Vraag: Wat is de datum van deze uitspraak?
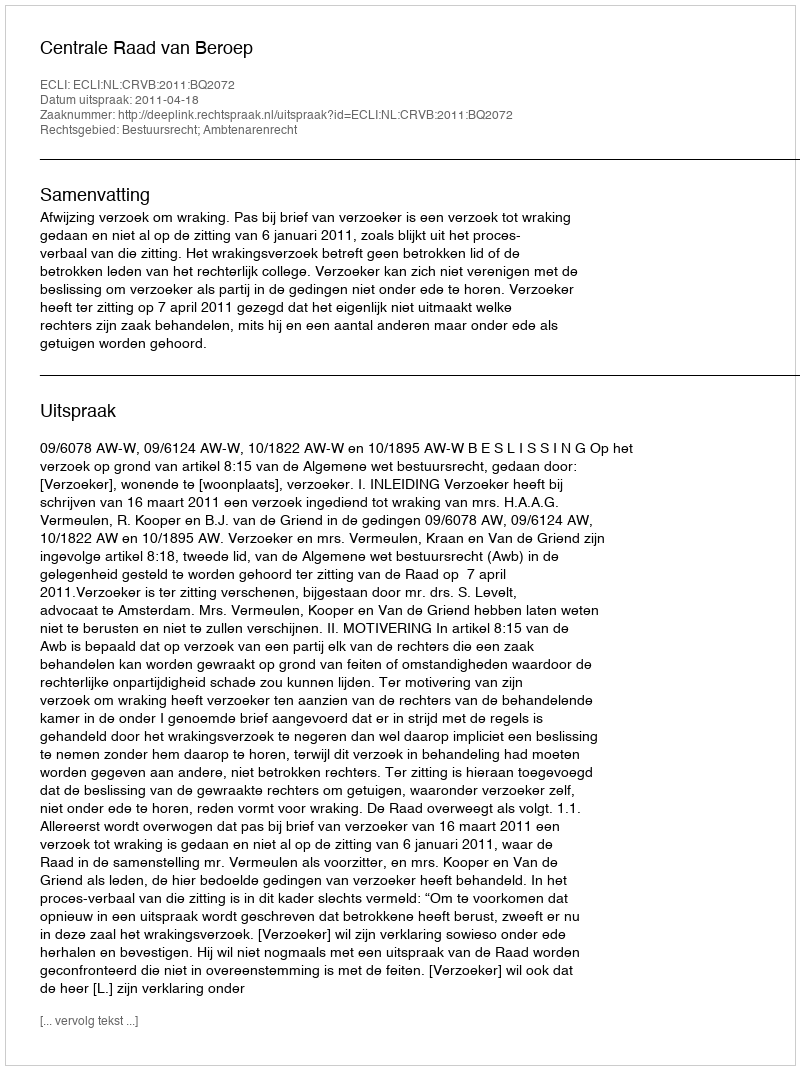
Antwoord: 2011-04-18